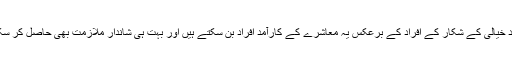
لیکن خود خیالی کے شکار کے افراد کے برعکس یہ معاشرے کے کارآمد افراد بن سکتے ہیں اور بہت ہی شاندار ملازمت بھی حاصل کر سکتے ہیں۔